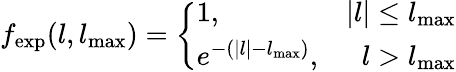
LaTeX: f_{\mathrm{exp}}(l,l_{\mathrm{max}})=\left\{ \begin{array}{lr}{1,}&{|l|\leq l_{\mathrm{max}}}\\ {e^{-(|l|-l_{\mathrm{max}})},}&{l>l_{\mathrm{max}}}\end{array}\right.